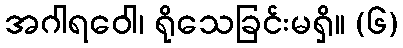
အဂါရဝေါ၊ ရိုသေခြင်းမရှိ။ (၆)